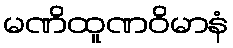
မဏိထူဏဝိမာနံ